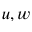
u , w